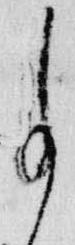
事